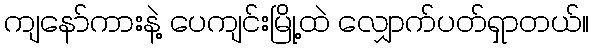
ကျနော်ကားနဲ့ ပေကျင်းမြို့ထဲ လျှောက်ပတ်ရှာတယ်။